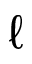
\ell